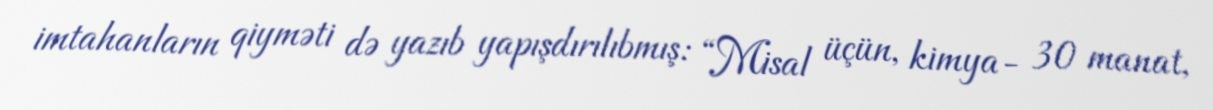
imtahanların qiyməti də yazıb yapışdırılıbmış: “Misal üçün, kimya- 30 manat,